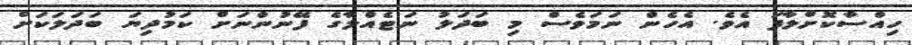
ހިއްސާކޮށްލާފަ އެވެ. އެހެން ނަމަވެސް މި ބަދަލު ނަޓެއްލާގެ ފޭނުންނަށް ކަމުދިޔަ ބަދަލަކަށް